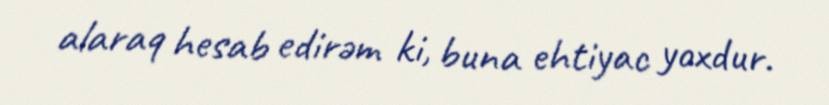
alaraq hesab edirəm ki, buna ehtiyac yoxdur.